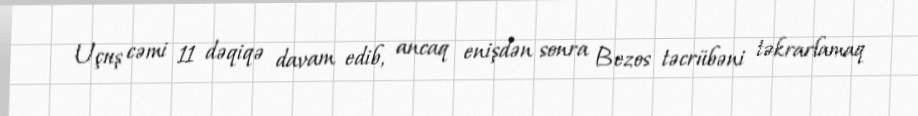
Uçuş cəmi 11 dəqiqə davam edib, ancaq enişdən sonra Bezos təcrübəni təkrarlamaq